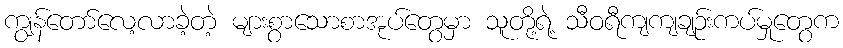
ကျွန်တော်လေ့လာခဲ့တဲ့ များစွာသောစာအုပ်တွေမှာ သူတို့ရဲ့ သီဝရီကျကျချဉ်းကပ်မှုတွေက